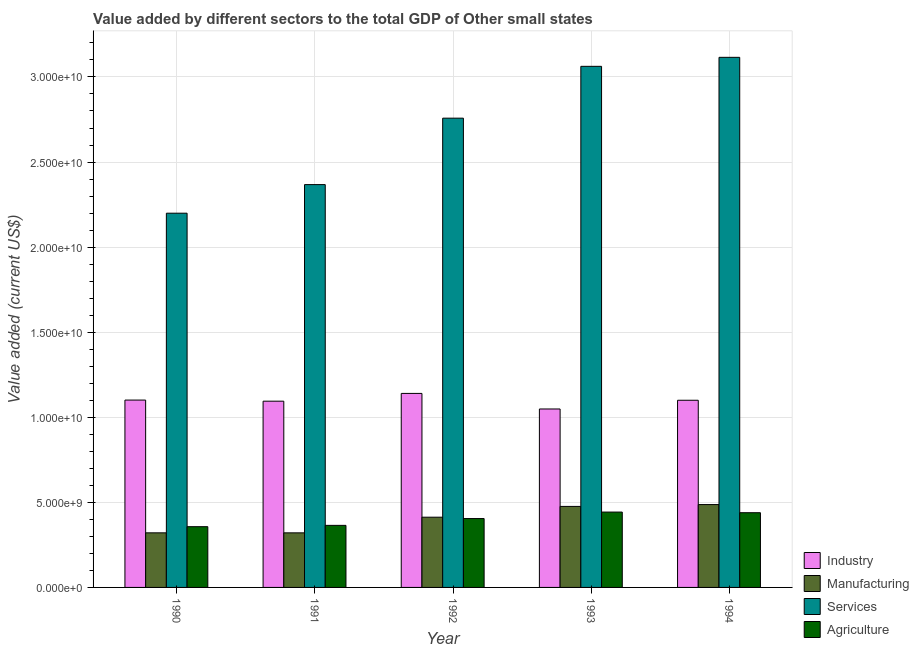
| Year | Industry | Manufacturing | Services | Agriculture |
 | --- | --- | --- | --- | --- |
 | 1990 | 1.1e+10 | 3.21e+09 | 2.2e+10 | 3.57e+09 |
 | 1991 | 1.09e+10 | 3.21e+09 | 2.37e+10 | 3.65e+09 |
 | 1992 | 1.14e+10 | 4.13e+09 | 2.76e+10 | 4.05e+09 |
 | 1993 | 1.05e+10 | 4.76e+09 | 3.06e+10 | 4.43e+09 |
 | 1994 | 1.1e+10 | 4.87e+09 | 3.12e+10 | 4.39e+09 |